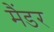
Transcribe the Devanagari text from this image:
मैंडर